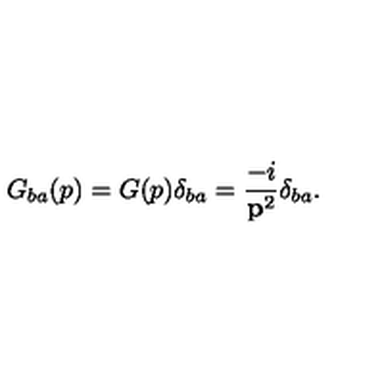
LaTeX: G _ { b a } ( p ) = G ( p ) \delta _ { b a } = \frac { - i } { { \bf p } ^ { 2 } } \delta _ { b a } .